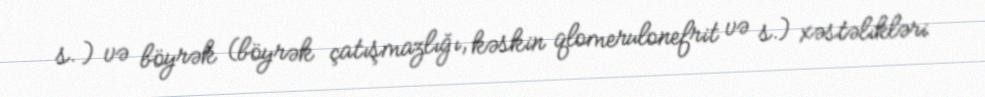
s. ) və böyrək (böyrək çatışmazlığı, kəskin qlomerulonefrit və s.) xəstəlikləri